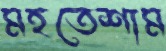
মহতেশাম